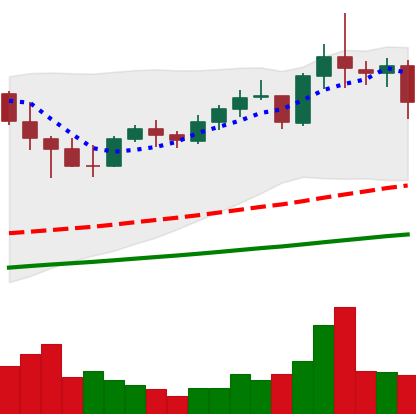
Ticker: NEO-USD
Chart end date: 2021-05-10
Forward return: -11.872%
Label: down_7plus